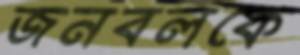
জনবলকে